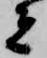
者